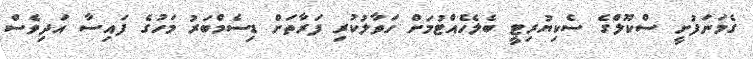
ގެމަނަފުށީ ސްކޫލްގެ ސެކިޔުރިޓީ ބެލެހެއްޓުމަށް ހަވާލުކުރި ފަރާތަށް ޑިސެމްބަރު މަހުގެ ފައިސާ އަދިވެސް